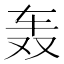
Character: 轰